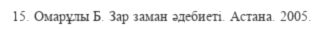
15. Омарұлы Б. Зар заман әдебиеті. Астана. 2005.